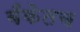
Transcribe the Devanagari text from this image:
बँकेतच